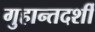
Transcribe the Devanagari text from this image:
गुहान्तदर्शी